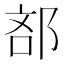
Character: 𮟼